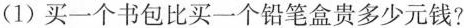
(1)买一个书包比买一个铅笔盒贵多少元钱?